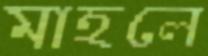
মাহলে